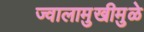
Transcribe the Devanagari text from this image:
ज्वालामुखीमुळे